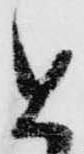
と